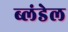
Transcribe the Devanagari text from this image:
ब्लंडेल